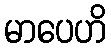
မာပေဟိ